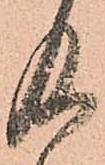
及